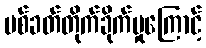
ပစ်ခတ်တိုက်ခိုက်မှုကြောင့်